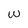
Character: W